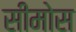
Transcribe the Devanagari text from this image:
सीमोस